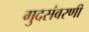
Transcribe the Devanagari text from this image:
गुदसंवरणी